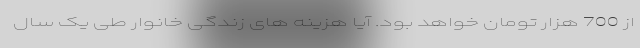
از 700 هزار تومان خواهد بود. آیا هزینه های زندگی خانوار طی یک سال